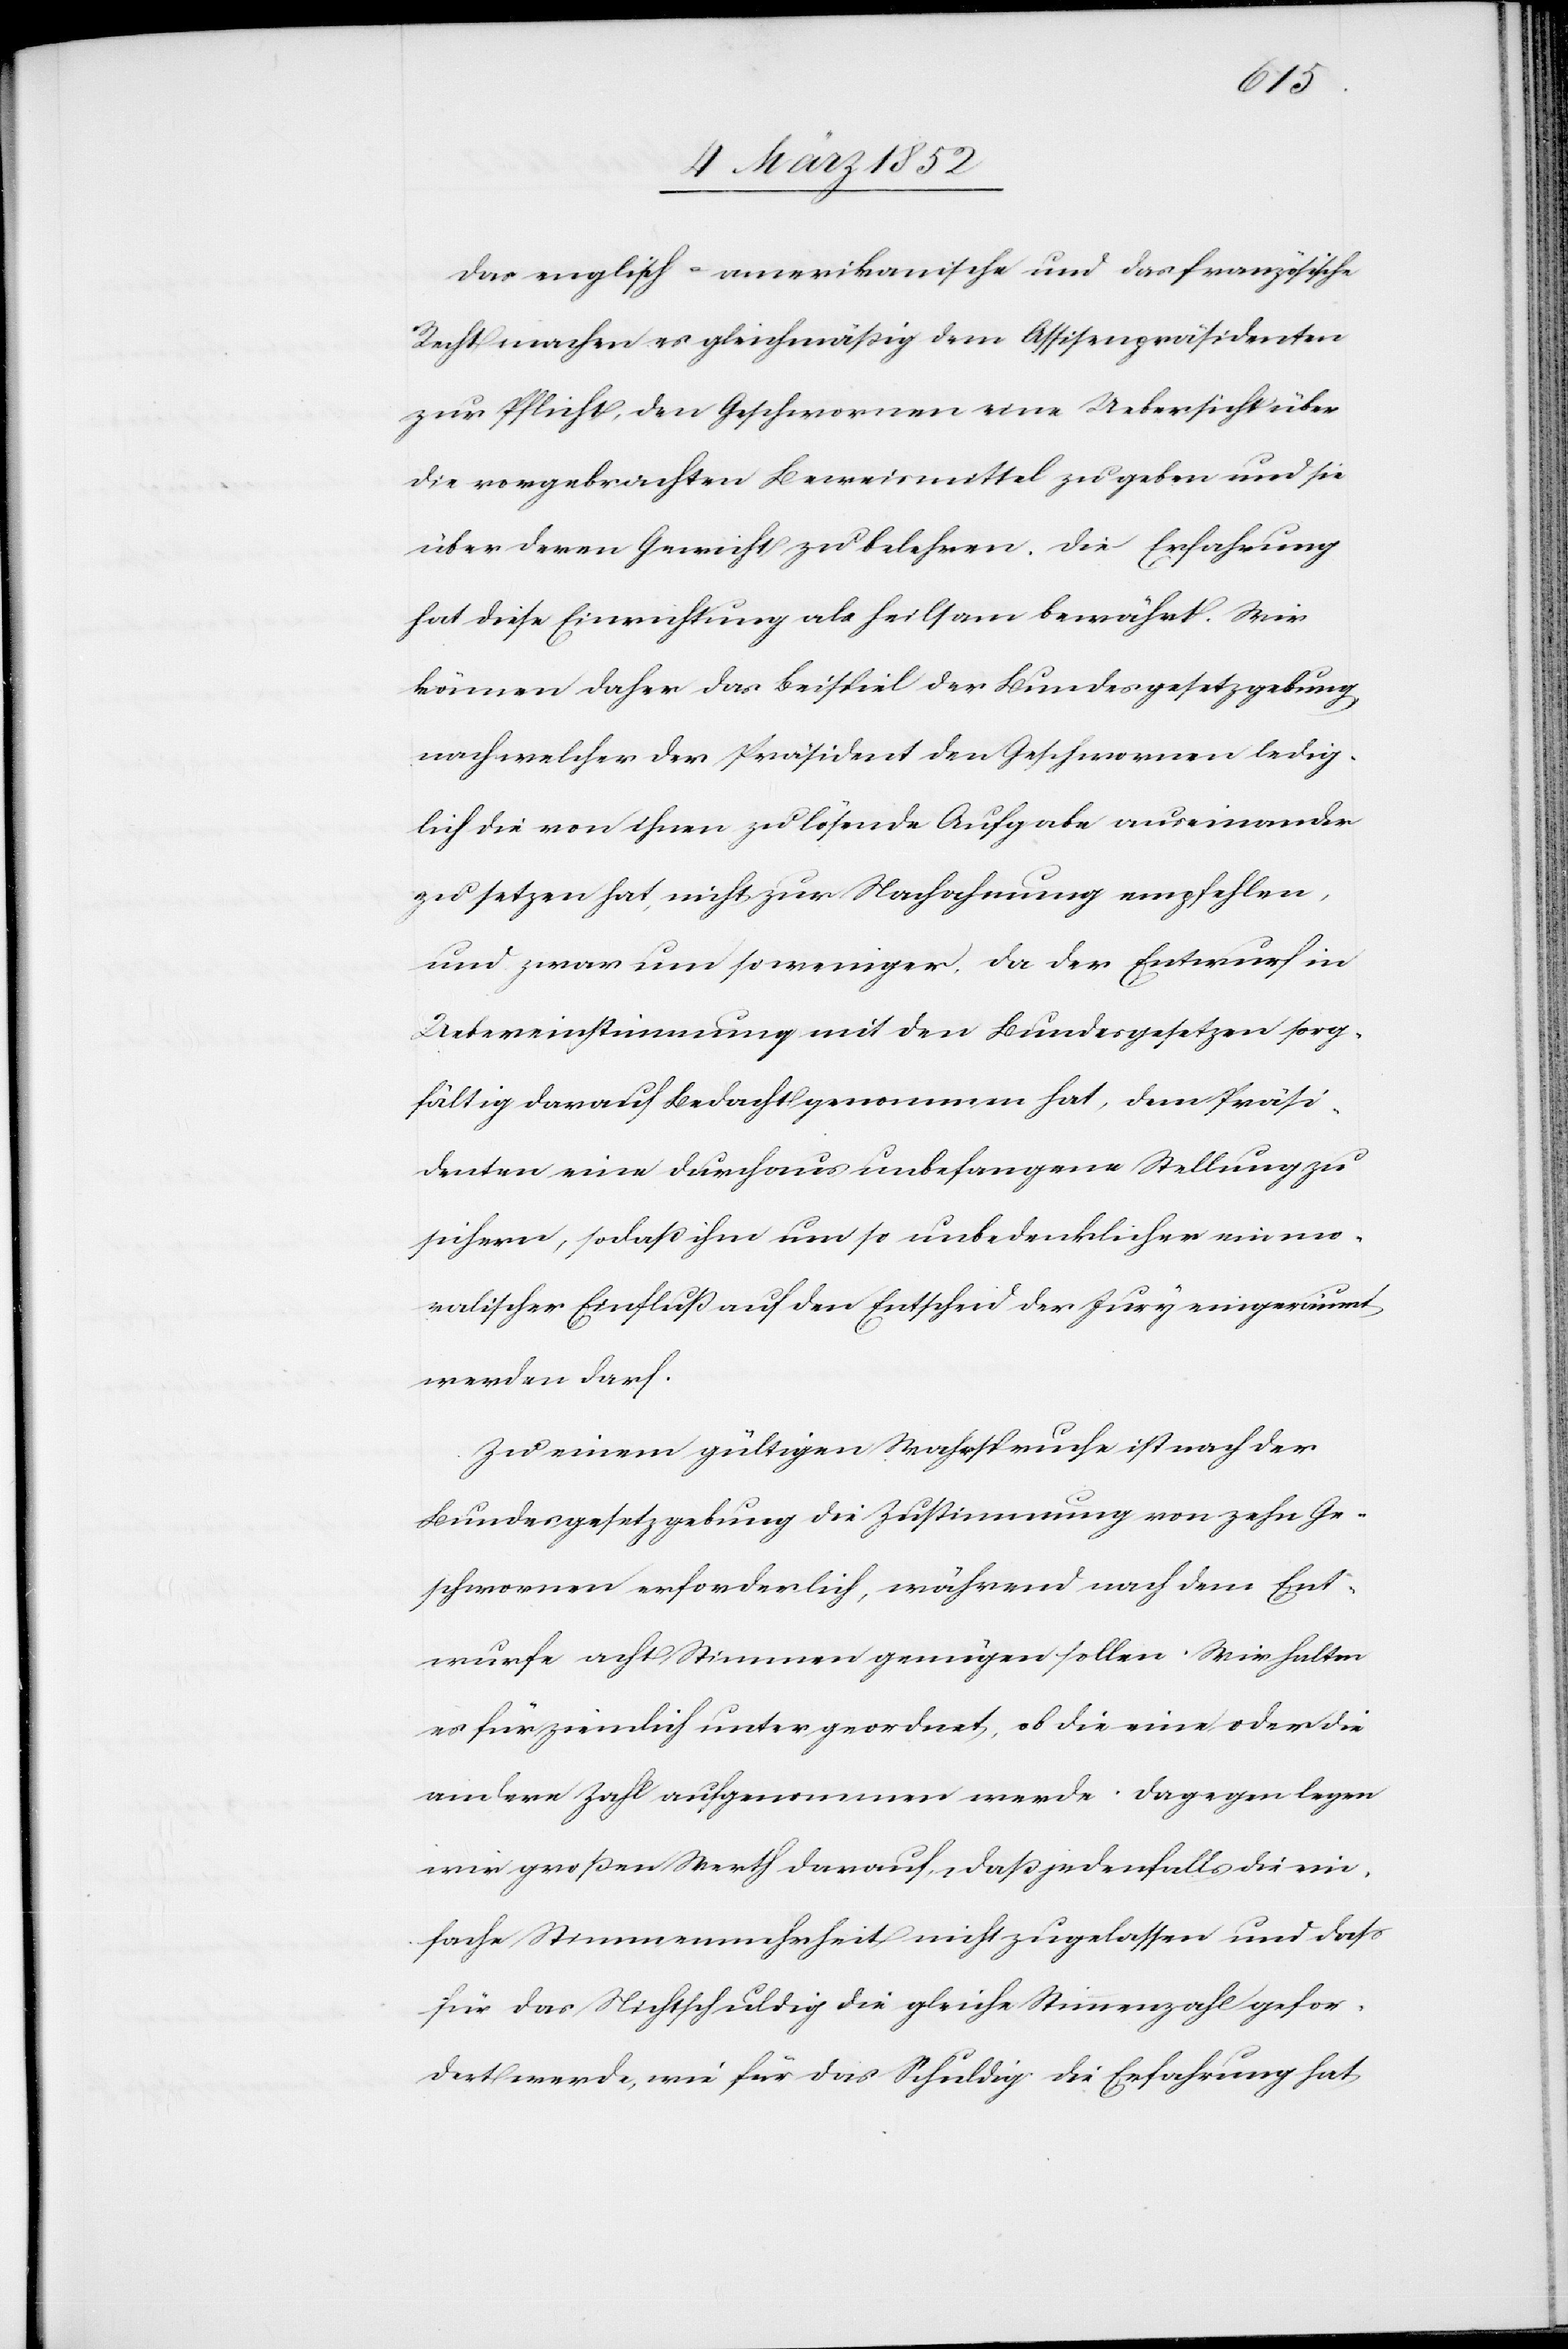
Das englisch-amerikanische und das französische
Recht machen es gleichmäßig dem Assisenpräsidenten
zur Pflicht, den Geschwornen eine Uebersicht über
die vorgebrachten Beweismittel zu geben und sie
über deren Gewicht zu belehren. Die Erfahrung
hat diese Einrichtung als heilsam bewährt. Wir
können daher das Beispiel der Bundesgesetzgebung
nach welcher der Präsident den Geschwornen ledig¬
lich die von ihnen zu lösende Aufgabe auseinander
zu setzen hat, nicht zur Nachahmung empfehlen,
und zwar um so weniger, da der Entwurf in
Uebereinstimmung mit den Bundesgesetzen sorg¬
fältig darauf Bedacht genommen hat, dem Präsi¬
denten eine durchaus unbefangene Stellung zu
sichern, sodaß ihm um so unbedenklicher ein mo¬
ralischer Einfluß auf den Entscheid der Jury eingeräumt
werden darf.
Zu einem gültigen Wahrspruche ist nach der
Bundesgesetzgebung die Zustimmung von zehn Ge¬
schwornen erforderlich, während nach dem Ent¬
wurfe acht Stimmen genügen sollen. Wir halten
es für ziemlich untergeordnet, ob die eine oder die
andere Zahl aufgenommen werde. Dagegen legen
wir größern Werth darauf, daß jedenfalls die ein¬
fache Stimmenmehrheit nicht zugelassen und daß
für das Nichtschuldig die gleiche Stimmenzahl gefor¬
dert werde, wie für das Schuldig. Die Erfahrung hat